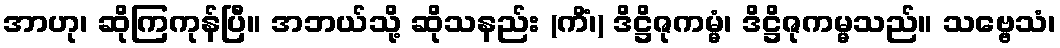
အာဟု၊ ဆိုကြကုန်ပြီ။ အဘယ်သို့ ဆိုသနည်း (ကိံ၊) ဒိဋ္ဌိဇုကမ္မံ၊ ဒိဋ္ဌိဇုကမ္မသည်။ သဗ္ဗေသံ၊